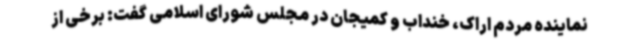
نماینده مردم اراک، خنداب و کمیجان در مجلس شورای اسلامی گفت: برخی از